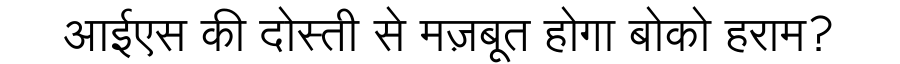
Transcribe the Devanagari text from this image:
आईएस की दोस्ती से मज़बूत होगा बोको हराम?